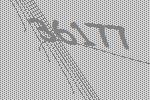
36177